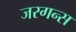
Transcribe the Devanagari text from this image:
जरगन्स